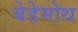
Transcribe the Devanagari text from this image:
बेहेमोथ